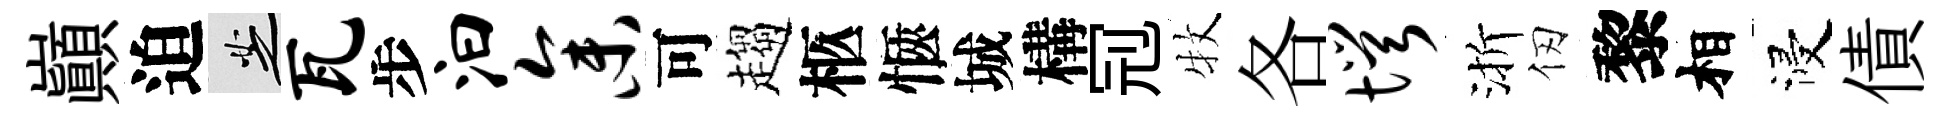
巔迫芝瓦步汩参可趨柩愜城構𠜍牧各愕渐仞黎相浸債